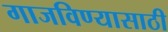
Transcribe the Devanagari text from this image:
गाजविण्यासाठी